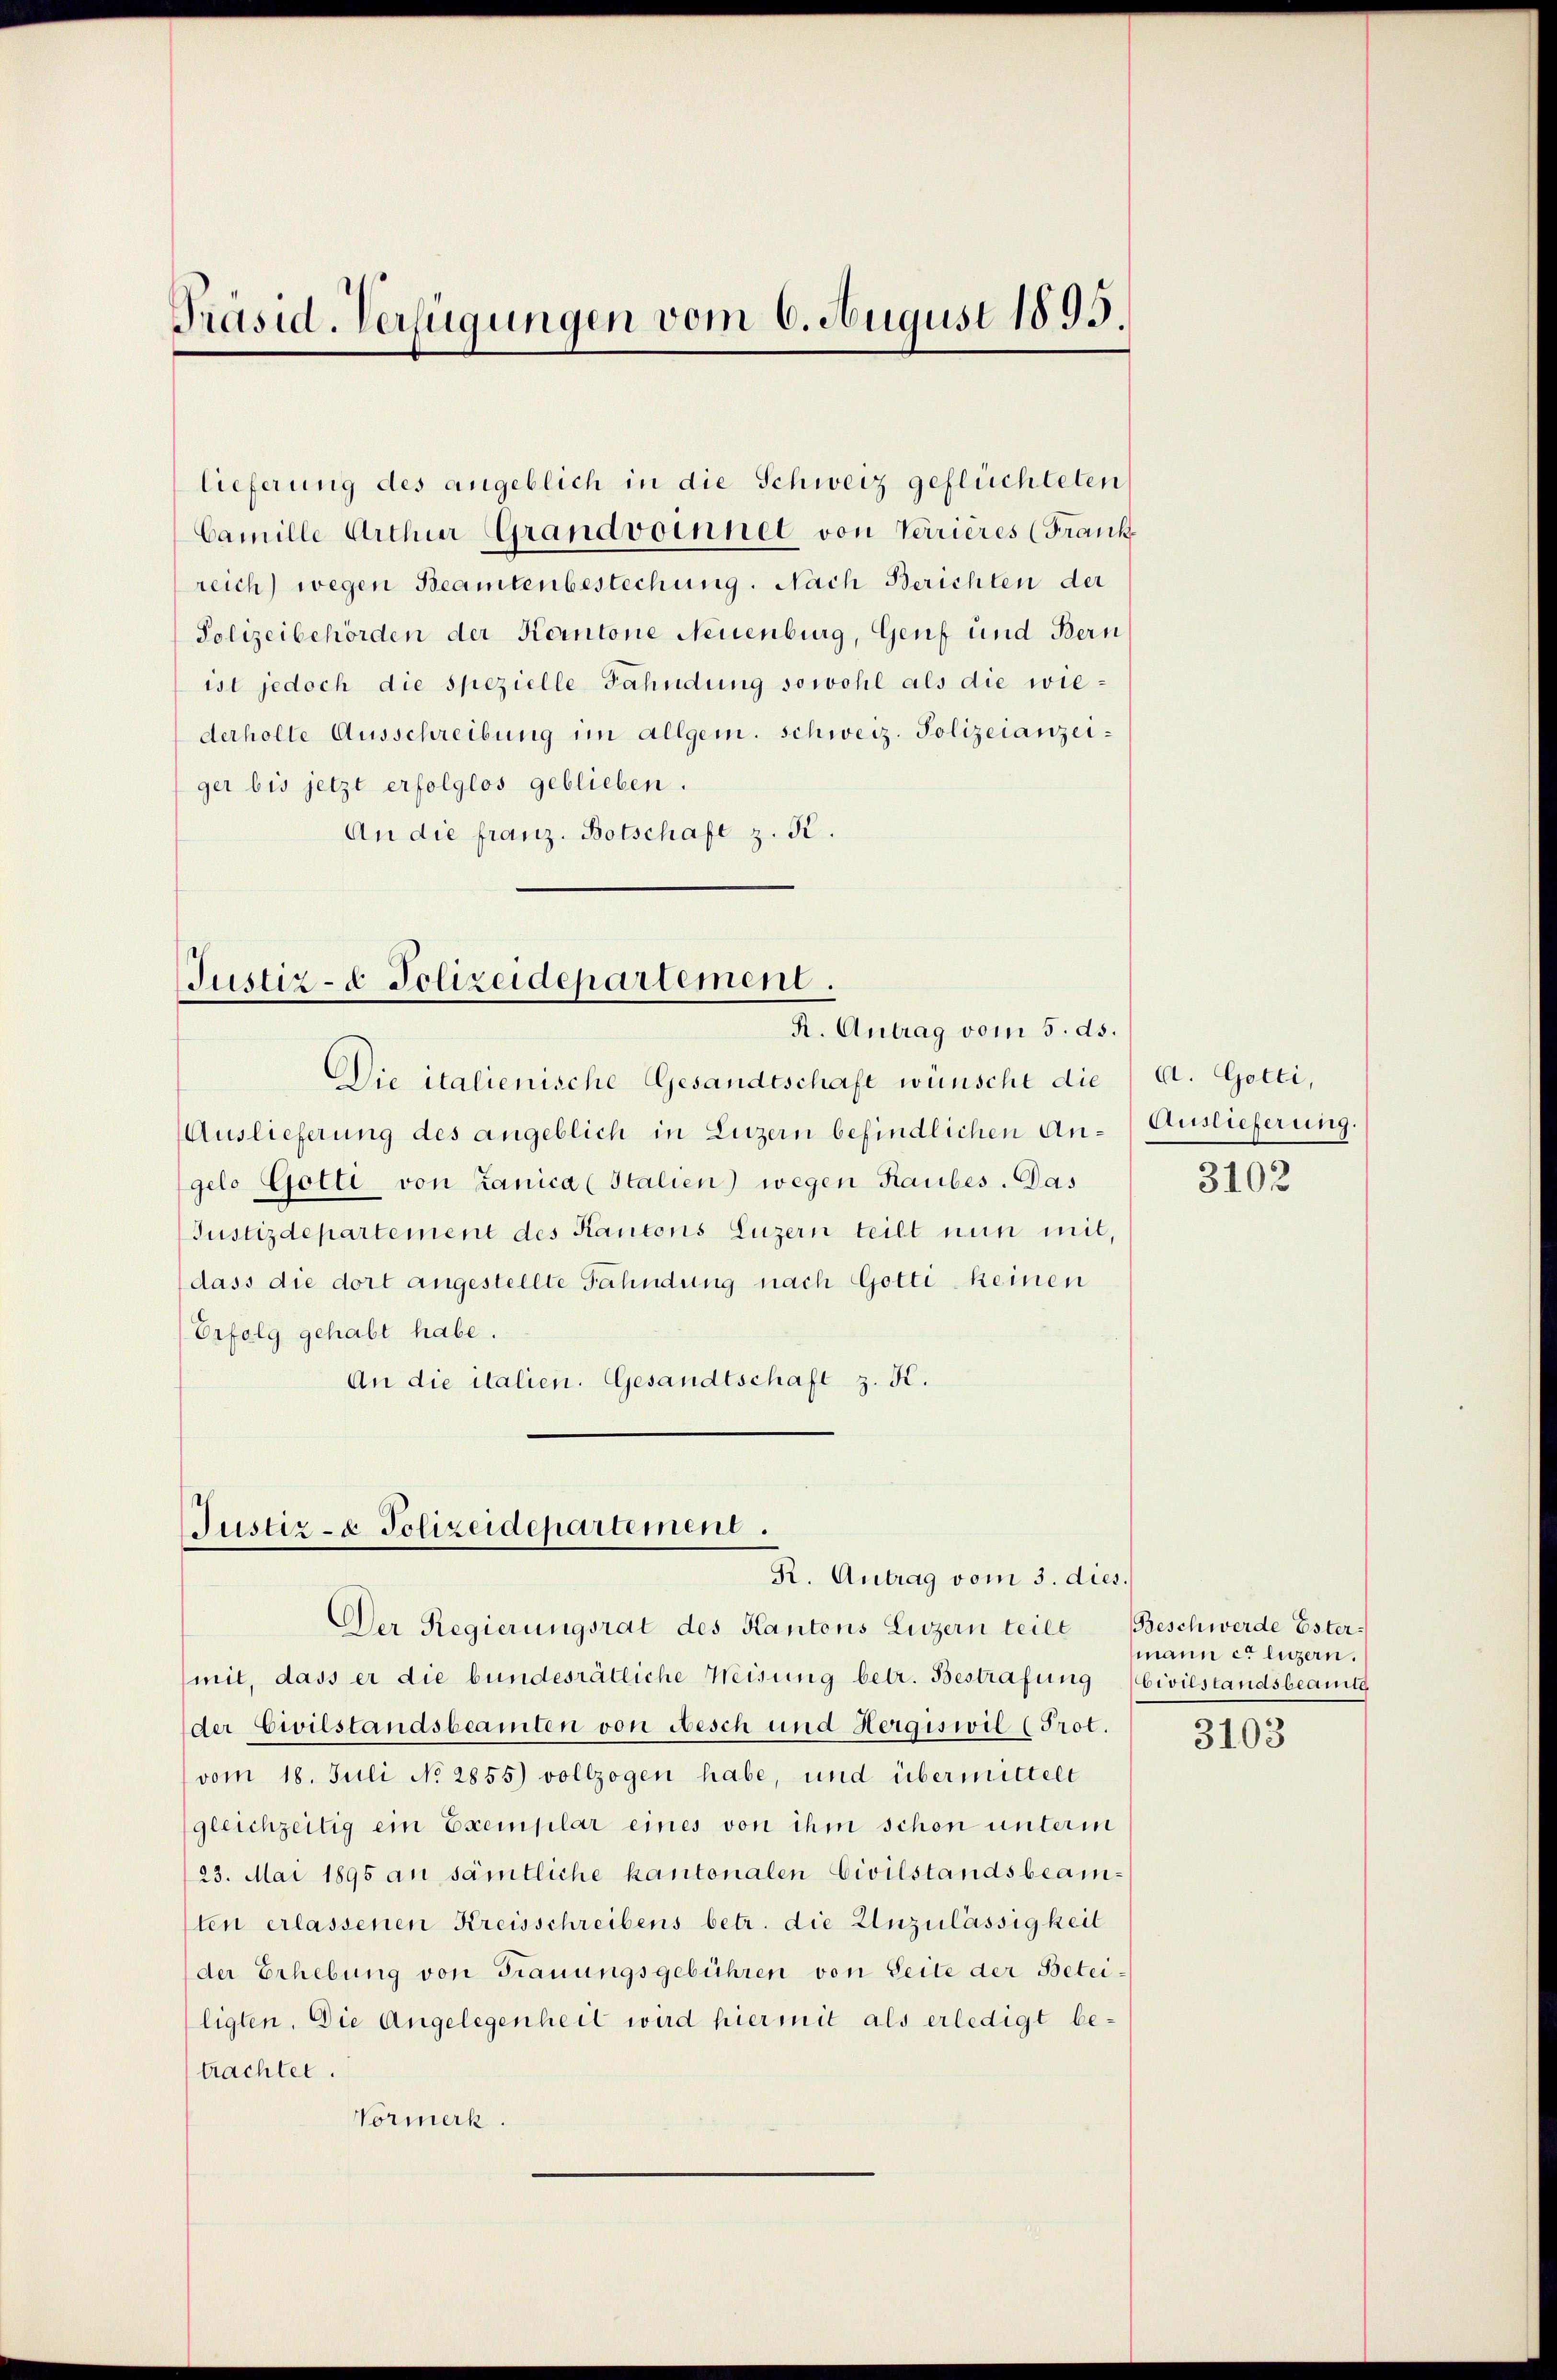
Präsid. Verfügungen vom 6. August 1895.

lieferung des angeblich in die Schweiz geflüchteten
Camille Arthur Grandvoinnet von Verrieres (Frank
reich) wegen Beamtenbestechung. Nach Berichten der
Polizeibehörden der Kantone Neuenburg, Genf und Bern
ist jedoch die spezielle Fahndung sowohl als die wiederholte Ausschreibung im allgem. schweiz. Polizeianzeiger bis jetzt erfolglos geblieben.
An die franz. Botschaft z. B.

Justiz- & Polizeidepartement.
R. Antrag vom 5. ds.

Die italienische Gesandtschaft wünsche die
Auslieferung des angeblich in Luzern befindlichen Angelo Gotti von Lanica (Italien) wegen Raubes. Das
Justizdepartement des Kantons Luzern teilt nun mit,
dass die dort angestellte Fahndung nach Gottikeinen
Erfolg gehabt habe.
An die italien. Gesandtschaft z. K.

Justiz- & Polizeidepartement.
R. Antrag vom 3. dies.

mit, dass er die bundesrätliche Weisung betr. Bestrafung (bivilstandsbeamte
der Civilstandsbeamten von Aesch und Hergiswil (Prot.
vom 18. Juli No 2855) vollzogen habe, und übermittelt
gleichzeitig ein Exemplar eines von ihm schon unterm
23. Mai 1895 an sämtliche kantonalen Civilstandsbeamten erlassenen Kreisschreibens betr. die Unzulässigkeit
der Erhebung von Trauungsgebühren von Seite der Beteiligten. Die Angelegenheit wird hiermit als erledigt be-
trachtet.
Vormerk.

Der Regierungsrat des Kantons Luzern teile

A. Gotti,
Auslieferung.

3102

Beschwerde Ester-
mann et luzern.
3103